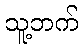
သူ့ဘက်